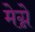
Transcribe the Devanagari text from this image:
मेग्ने